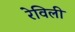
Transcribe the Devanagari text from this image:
रेविली